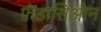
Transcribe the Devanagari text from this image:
फ़ंडासिओन